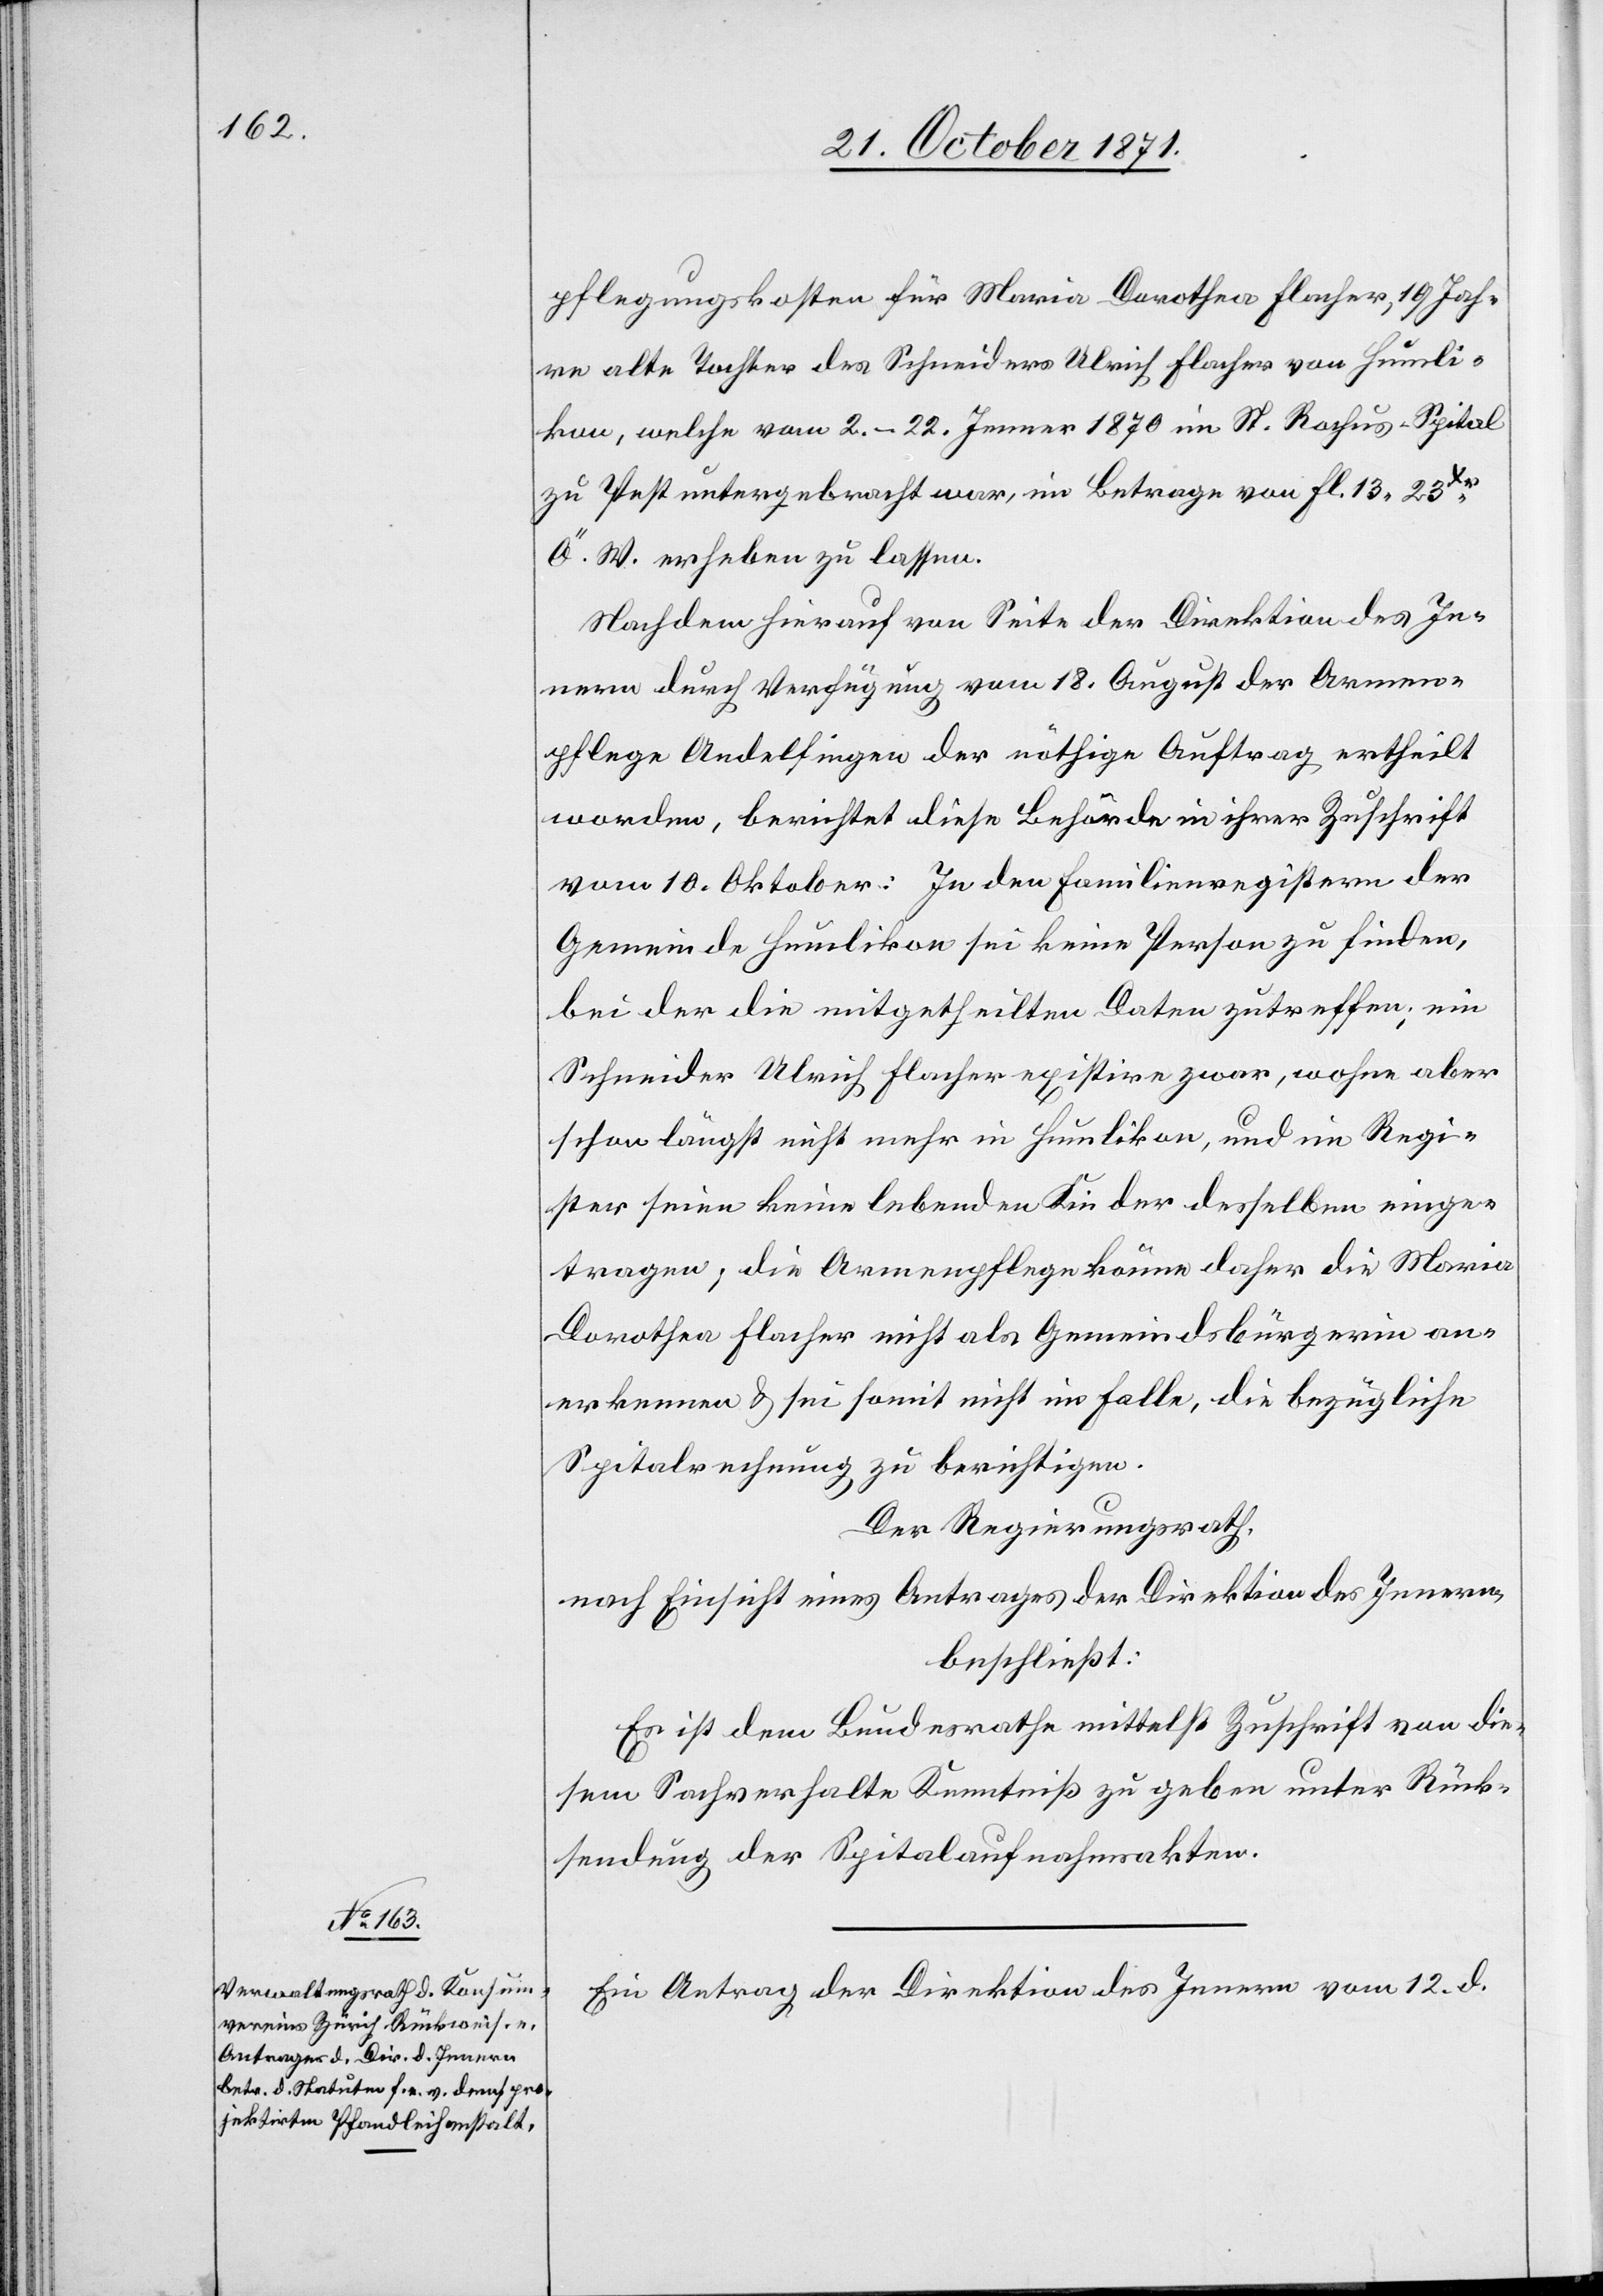
pflegungskosten für Maria Dorothea Flacher, 19 Jah¬
re alte Tochter des Schneiders Ulrich Flacher von Humli¬
kon, welche vom 2.–22. Januar 1879 im St. Rochus-Spital
zu Pest untergebracht war, im Betrage von Fl. 13. 23Xr
Ö. W. erheben zu lassen.
Nachdem hierauf von Seite der Direktion des In¬
nern durch Verfügung vom 18. August der Armen¬
pflege Andelfingen der nöthige Auftrag ertheilt
worden, berichtet diese Behörde in ihrer Zuschrift
vom 10. Oktober: In den Familienregistern der
Gemeinde Humlikon sei keine Person zu finden,
bei der die mitgetheilten Daten zutreffen; ein
Schneider Ulrich Flacher existire zwar, wohne aber
schon längst nicht mehr in Humlikon, und im Regi¬
ster seien keine lebenden Kinder desselben einge¬
tragen, die Armenpflege könne daher die Maria
Dorothea Flacher nicht als Gemeindsbürgerin an¬
erkennen & sei somit nicht im Falle, die bezügliche
Spitalrechnung zu berichtigen.
Der Regierungsrath,
nach Einsicht eines Antrages der Direktion des Innern
beschließt:
Es ist dem Bundesrathe mittelst Zuschrift von die¬
sem Sachverhalte Kenntniß zu geben unter Rück¬
sendung der Spitalaufnahmeakten.
Ein Antrag der Direktion des Innern vom 12. d.